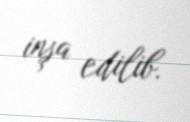
inşa edilib.